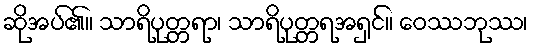
ဆိုအပ်၏။ သာရိပုတ္တရာ၊ သာရိပုတ္တရအရှင်။ ဝေဿဘုဿ၊